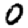
Digit: 0